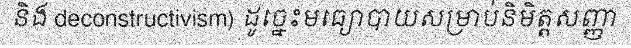
និង deconstructivism) ដូច្នេះមធ្យោបាយសម្រាប់និមិត្តសញ្ញា